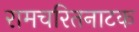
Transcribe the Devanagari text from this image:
रामचरितनाटक